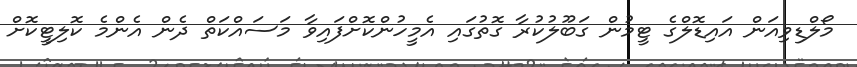
މޯލްޑިވިއަން އައިޑޮލްގެ ޓީމުން ގަބޫލުކުރާ ގޮތުގައި އެމީހުންކޮށްފައިވާ މަސައްކަތް ދެން އެންމެ ކޮލިޓީކޮށް